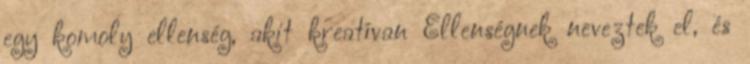
egy komoly ellenség, akit kreatívan Ellenségnek neveztek el, és